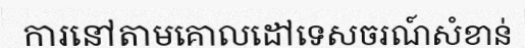
ការនៅតាមគោលដៅទេសចរណ៍សំខាន់